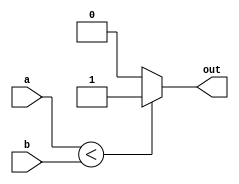
`timescale 1ns / 1ps
//////////////////////////////////////////////////////////////////////////////////
// Company: 
// Engineer: 
// 
// Design Name: 
// Module Name: slt1
// Project Name: 
// Target Devices: 
// Tool Versions: 
// Description: 
// 
// Dependencies: 
// 
// Revision:
// Revision 0.01 - File Created
// Additional Comments:
// 
//////////////////////////////////////////////////////////////////////////////////


module slt1(out, a, b);
    input  a,b;
    output out;
    
    assign out = (a < b) ? 1: 0;
endmodule